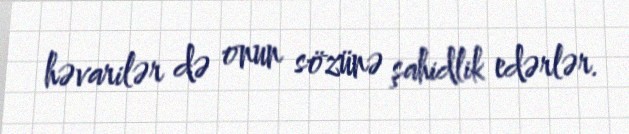
həvarilər də onun sözünə şahidlik edərlər.